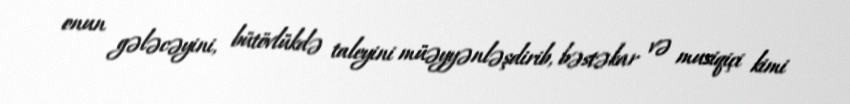
onun gələcəyini, bütövlükdə taleyini müəyyənləşdirib, bəstəkar və musiqiçi kimi